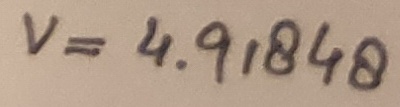
Text: V=4.91848